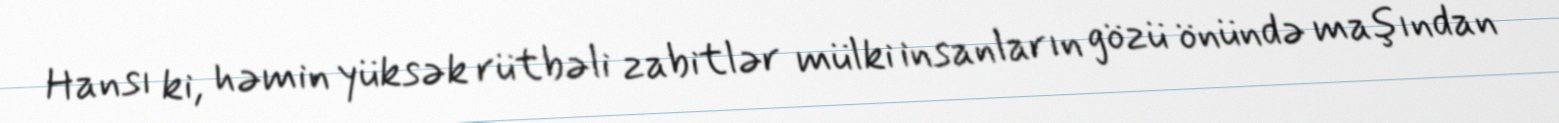
Hansı ki, həmin yüksək rütbəli zabitlər mülki insanların gözü önündə maşından